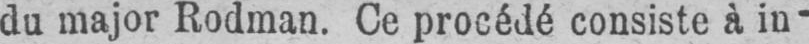
du major Rodman. Ce procédé consiste à in-